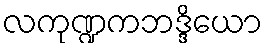
လကုဏ္ဍကဘဒ္ဒိယော